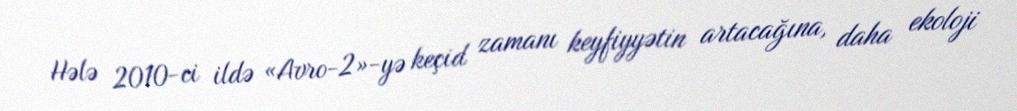
Hələ 2010-ci ildə «Avro-2»-yə keçid zamanı keyfiyyətin artacağına, daha ekoloji